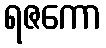
ရဇကော